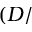
( D /